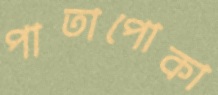
পাতাপোকা